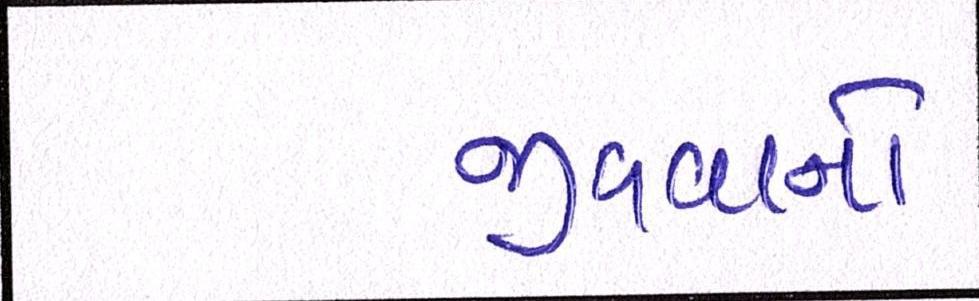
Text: જીવવાનો